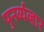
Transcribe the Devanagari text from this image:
पुनर्व्यव्हार